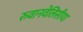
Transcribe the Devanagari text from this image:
रुवानवेलिसीया